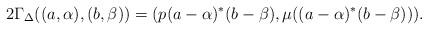
LaTeX: \begin{gather*}2\Gamma_\Delta((a, \alpha), (b, \beta))=(p(a- \alpha)^*(b- \beta), \mu((a- \alpha)^*(b- \beta))).\end{gather*}